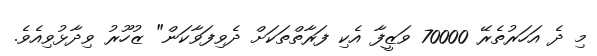
މި ދެ އަހަރުތެރޭ 70000 ވަޒީފާ އެކި ފަރާތްތަކަށް ދެވިފަވާކަން" ޒުހޫރު ވިދާޅުވިއެވެ.